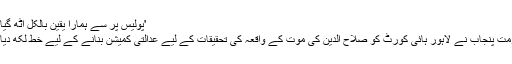
'پولیس پر سے ہمارا یقین بالکل اٹھ گیا ہے'
حکومتِ پنجاب نے لاہور ہائی کورٹ کو صلاح الدین کی موت کے واقعہ کی تحقیقات کے لیے عدالتی کمیشن بنانے کے لیے خط لکھ دیا ہے۔